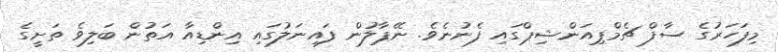
މިފަހަރުގެ ސާފް ޗެމްޕިއަންޝިޕްގައި ފެނުނެވެ. ނޭޕާލުން ފައިނަލުގައި އިންޑިއާ އަތުން ބަލިވެ ތަށީގެ